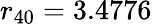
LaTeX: r_{40}=3.4776